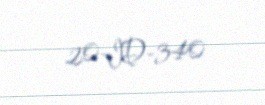
20-ID-340